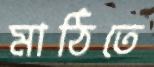
মাঠিতে